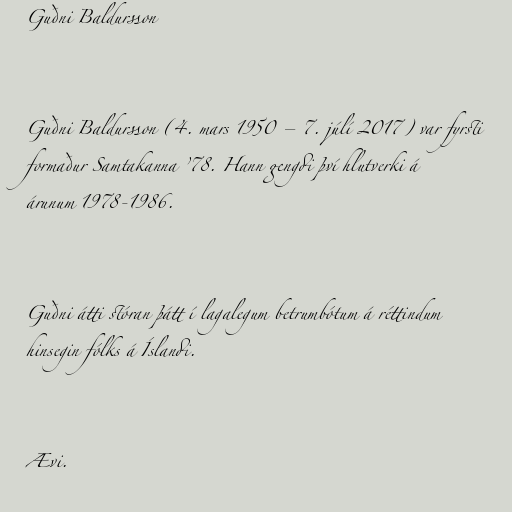
Guðni Baldursson

Guðni Baldursson (4. mars 1950 – 7. júlí 2017) var fyrsti
formaður Samtakanna ’78. Hann gengdi því hlutverki á
árunum 1978-1986.

Guðni átti stóran þátt í lagalegum betrumbótum á réttindum
hinsegin fólks á Íslandi.

Ævi.